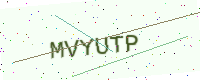
Text: MVYUTP